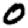
Digit: 0